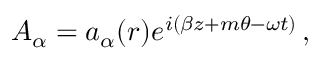
A _ { \alpha } = a _ { \alpha } ( r ) e ^ { i ( \beta z + m \theta - \omega t ) } \, ,